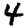
Digit: 4